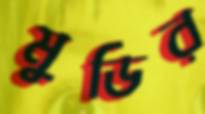
মুডির